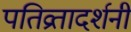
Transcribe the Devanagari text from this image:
पतिव्रतादर्शनी